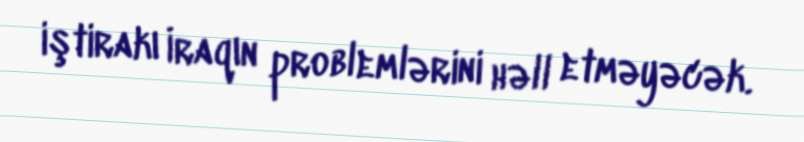
iştirakı İraqın problemlərini həll etməyəcək.